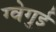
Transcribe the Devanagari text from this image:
ग्वेगुई